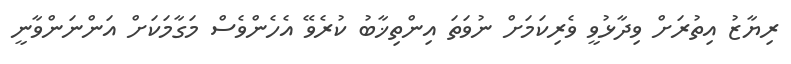
ރިޔާޒު އިތުރަށް ވިދާޅުވީ ވެރިކަމަށް ނުވަތަ އިންތިޚާބު ކުރެވޭ އެހެންވެސް މަގާމަކަށް އަންނަންވާނީ